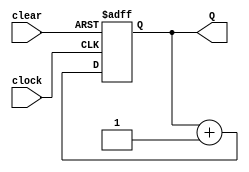
//-----------------------
//Binary  counter
//----------------------
module counter(Q , clock, clear);

// I/O ports
output [3:0] Q;
input clock, clear;
//output defined as register
reg [3:0] Q;

always @( posedge clear  or negedge clock)
begin
       if (clear)
          Q = 4'd0;
       else
          Q = (Q + 1) ;
end
endmodule // counter